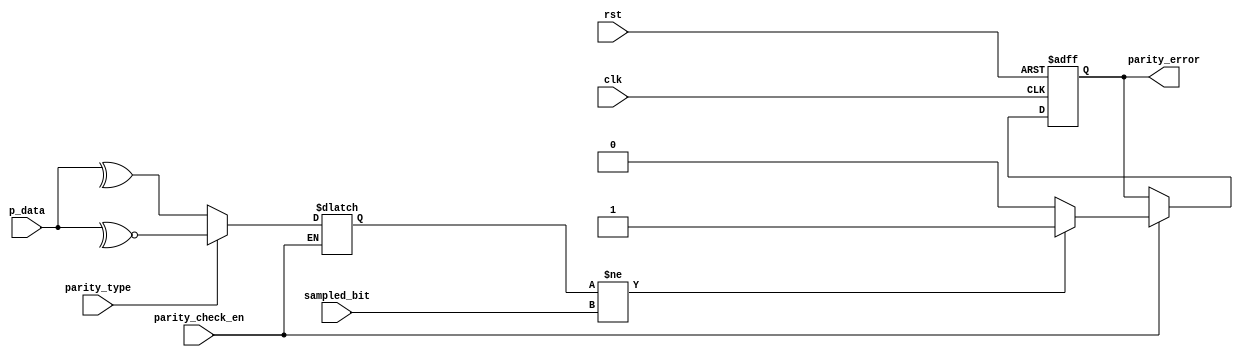
module parity_check #(parameter DWIDTH =8)(clk, rst, parity_type, parity_check_en, sampled_bit, p_data, parity_error);
    input clk, rst;
    input parity_type, parity_check_en, sampled_bit;
    input [DWIDTH-1:0] p_data;

    output reg parity_error;

    reg parity_bit;

    always @(posedge clk, negedge rst) begin
        if(!rst)
            parity_error <= 1'b0;

        else if (parity_check_en) begin
            if (parity_bit != sampled_bit)
                parity_error <= 1'b1;
            else
                parity_error <= 1'b0;
        end
    end

    always @(*) begin
        if (parity_check_en) begin
            case(parity_type)
                1'b0:    parity_bit = ^p_data;
                1'b1:    parity_bit = ~^p_data;
                default: parity_bit = 1'b0;
            endcase
        end
    end
endmodule